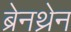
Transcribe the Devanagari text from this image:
ब्रेनथ्रेन